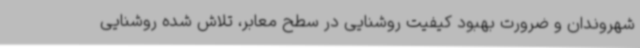
شهروندان و ضرورت بهبود کیفیت روشنایی در سطح معابر، تلاش شده روشنایی